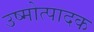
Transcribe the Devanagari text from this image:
उष्मोत्पादक